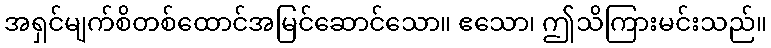
အရှင်မျက်စိတစ်ထောင်အမြင်ဆောင်သော။ ဧသော၊ ဤသိကြားမင်းသည်။